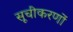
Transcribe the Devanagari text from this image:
सूचीकरणों